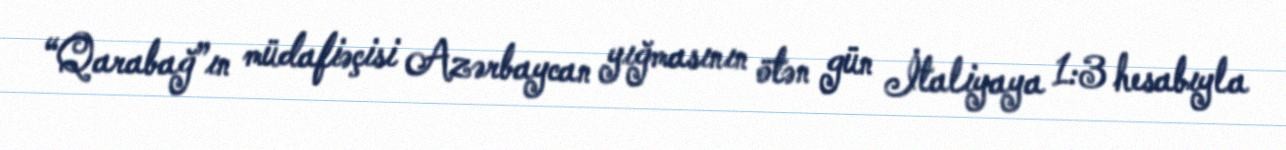
“Qarabağ”ın müdafiəçisi Azərbaycan yığmasının ötən gün İtaliyaya 1:3 hesabıyla